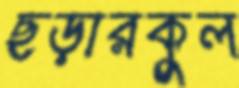
ছড়ারকুল